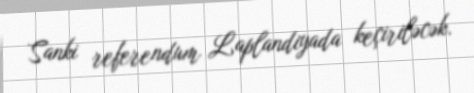
Sanki referendum Laplandiyada keçiriləcək.